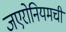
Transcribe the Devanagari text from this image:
जएरोनियमची